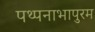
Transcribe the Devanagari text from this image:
पथ्पनाभापुरम